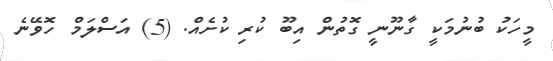
މީހަކު ބުނުމަކީ ގާނޫނީ ގޮތުން އިބޫ ކުރި ކުށެއް. (5) އަސްލަމް ހޮވޭނެ